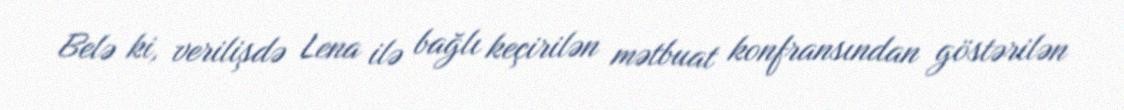
Belə ki, verilişdə Lena ilə bağlı keçirilən mətbuat konfransından göstərilən